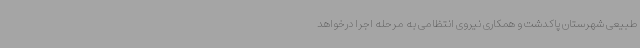
طبیعی شهرستان پاکدشت و همکاری نیروی انتظامی به مرحله اجرا درخواهد